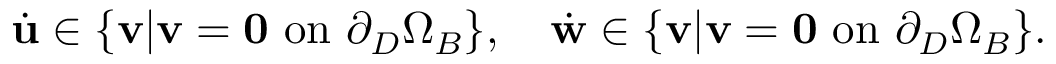
\begin{array} { r } { \dot { \mathbf { u } } \in \lbrace \mathbf { v } | \mathbf { v } = \mathbf { 0 } \ \mathrm { o n } \ \partial _ { D } \Omega _ { B } \rbrace , \quad \dot { \mathbf { w } } \in \lbrace \mathbf { v } | \mathbf { v } = \mathbf { 0 } \ \mathrm { o n } \ \partial _ { D } \Omega _ { B } \rbrace . } \end{array}